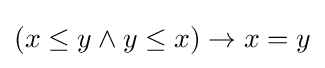
(x\leq y\land y\leq x)\rightarrow x=y